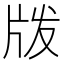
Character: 𰠝